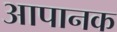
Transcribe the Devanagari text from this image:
आपानक